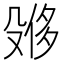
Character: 𪵌